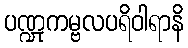
ပဏ္ဍုကမ္ဗလပရိဝါရာနိ